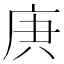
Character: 𢈏